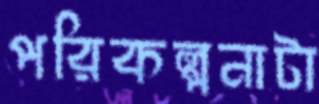
পরিকল্পনাটা